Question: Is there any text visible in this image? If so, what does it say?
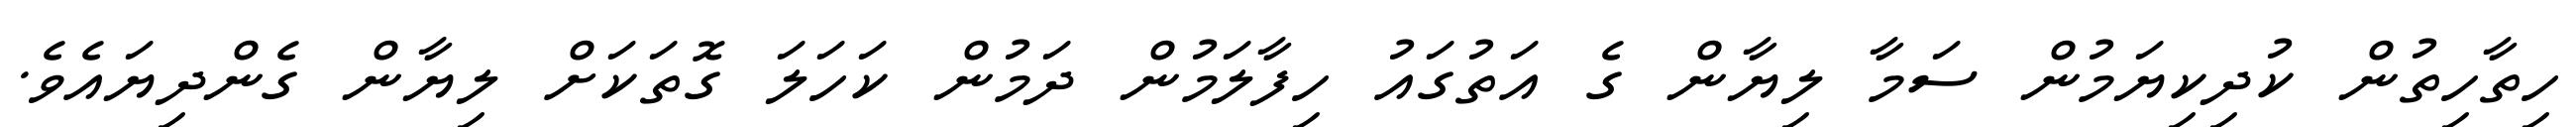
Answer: ހިތާހިތުން ކުދިކިޔަމުން ސަމާ ލިޔާން ގެ އަތުގައު ހިފާލަމުން ދަމުން ކަހަލަ ގޮތަކަށް ލިޔާން ގެންދިޔައެވެ.